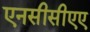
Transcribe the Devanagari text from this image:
एनसीसीएए